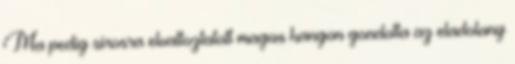
Ma pedig sirosra elvaltoztatott magas hangon gondolta az eladolany